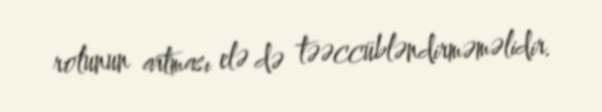
rolunun artması elə də təəccübləndirməməlidir.